Report on the working of the Ranchi Indian Mental Hospital, Kanke, in Bihar and Orissa - 1930-1940
Year: 1930
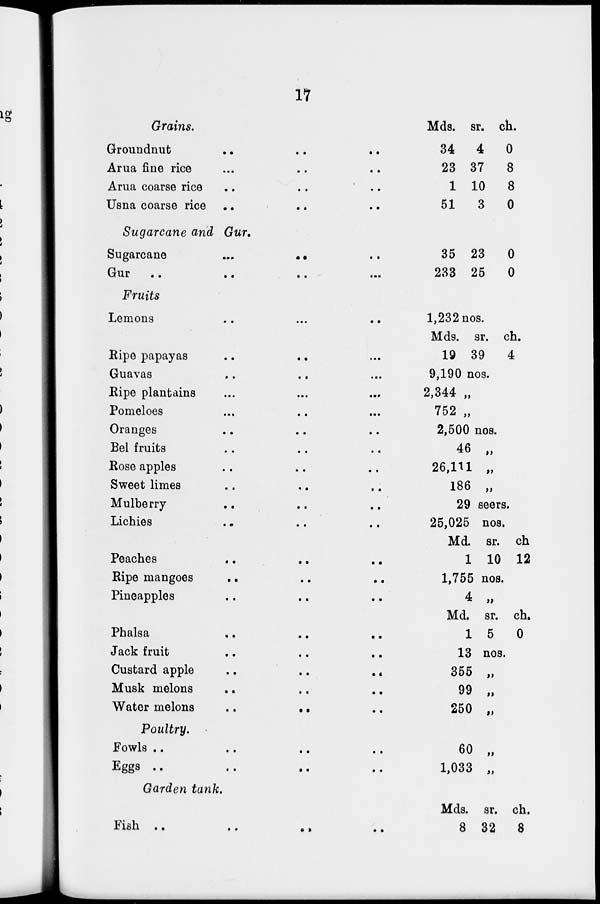
17
Grains.
Groundnut .. .. ..
Arua fine rice .. .. ..
Arua coarse rice
..
..
..
Usna coarse rice .. .. ..
Mds.
34
23
1
51
sr.
4
37
10
3
ch.
0
8
8
0
Sugarcane and Gur.
Sugarcane
...
..
..
Gur
..
..
..
..
...
35
233
23
25
0
0
Fruits
Lemons
..
...
..
Ripe papayas ... ... ...
Guavas .. .. ...
Ripe plantains ... ... ...
Pomeloes ... .. ...
Oranges .. .. ..
Bel fruits .. .. ..
Rose apples .. .. ..
Sweet limes .. .. ..
Mulberry .. .. ..
Lichies .. .. ..
Peaches
..
..
..
Ripe mangoes .. .. ..
Pineapples .. .. ..
Phalsa
..
..
..
Jack fruit .. .. ..
Custard apple .. .. ..
Musk melons .. .. ..
Water melons
..
..
..
1,232 nos.
Mds.
19
sr.
39
ch.
4
9,190 nos.
2,344 „
752 „
2,500 nos.
46 „
26,111 „
186 „
29 seers.
25,025 nos.
Md.
1
sr.
10
ch
12
1,755 nos.
4 „
Md.
1
sr.
5
ch.
0
13 nos.
355 „
99 „
250 „
Poultry.
Fowls .. .. .. ..
Eggs
..
..
..
..
60 „
1,033 „
Garden tank.
Fish
..
..
..
..
Mds.
8
sr.
32
ch.
8